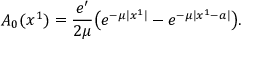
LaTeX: A _ { 0 } ( x ^ { 1 } ) = { \frac { e ^ { \prime } } { 2 \mu } } \big ( e ^ { - \mu | x ^ { 1 } | } - e ^ { - \mu | x ^ { 1 } - a | } \big ) .